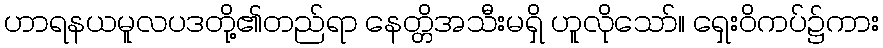
ဟာရနယမူလပဒတို့၏တည်ရာ နေတ္တိအသီးမရှိ ဟူလိုသော်။ ရှေးဝိကပ်၌ကား